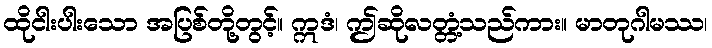
ထိုငါးပါးသော အပြစ်တို့တွင့်။ ဣဒံ၊ ဤဆိုလတ္တံ့သည်ကား။ မာတုဂါမဿ၊